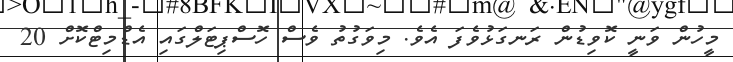
މީހުން ވަނީ ކޮވިޑުން ރަނގަޅުވެފަ އެވެ. މިވަގުތު ވެސް ހޮސްޕިޓަލްގައި އެޑްމިޓްކޮށް 20